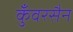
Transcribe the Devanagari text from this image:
कुँवरसैन